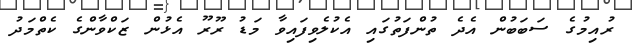
ރުއިމުގެ ސަބަބުން އެދެ ތުންފަތުގައި އެކުލެވިފައިވާ މަޑު ރޫރޫ އެޅުން ޒަކްވާންގެ ކެތްމަދު